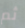
ثم